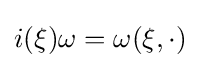
i(\xi )\omega =\omega (\xi ,\cdot )